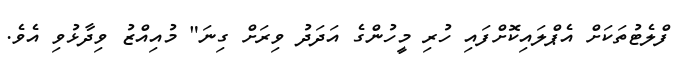
ފްލެޓުތަކަށް އެޕްލައިކޮށްފައި ހުރި މީހުންގެ އަދަދު ވިރަށް ގިނަ" މުއިއްޒު ވިދާޅުވި އެވެ.